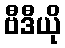
ဗီဒီယို